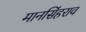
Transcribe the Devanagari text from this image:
मानसिंहराव